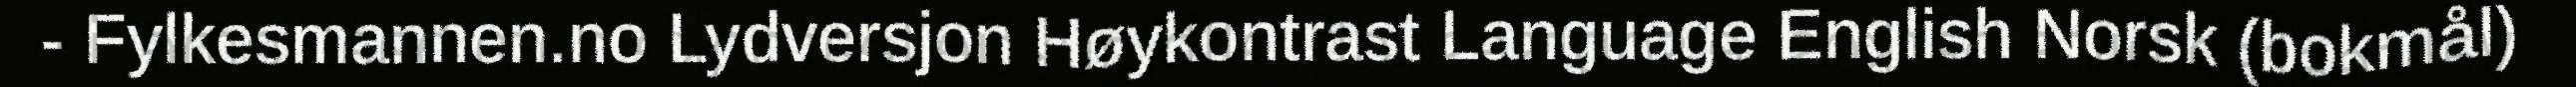
- Fylkesmannen.no Lydversjon Høykontrast Language English Norsk (bokmål)